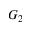
G _ { 2 }